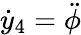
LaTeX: \dot{y}_{4}=\ddot{\phi}